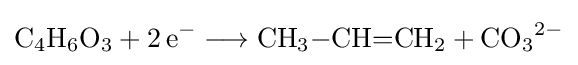
{\mathrm {C} {\vphantom {A}}_{\smash[{t}]{4}}\mathrm {H} {\vphantom {A}}_{\smash[{t}]{6}}\mathrm {O} {\vphantom {A}}_{\smash[{t}]{3}}{}+{}2\,\mathrm {e} {\vphantom {A}}^{-}{}\mathrel {\longrightarrow } {}\mathrm {CH} {\vphantom {A}}_{\smash[{t}]{3}}{-}\mathrm {CH} {=}\mathrm {CH} {\vphantom {A}}_{\smash[{t}]{2}}{}+{}\mathrm {CO} {\vphantom {A}}_{\smash[{t}]{3}}{\vphantom {A}}^{2-}}